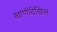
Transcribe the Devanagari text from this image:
खाणीदेखिल